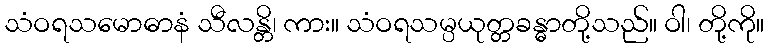
သံဝရသမောဓာနံ သီလန္တိ၊ ကား။ သံဝရသမ္ပယုတ္တခန္ဓာတို့သည်။ ဝါ၊ တို့ကို။